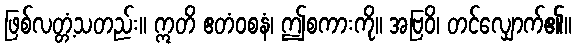
ဖြစ်လတ္တံ့သတည်း။ ဣတိ ဧတံဝစနံ၊ ဤစကားကို။ အဗြဝိ၊ တင်လျှောက်၏။